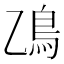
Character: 𫚮